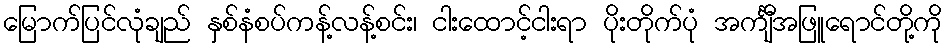
မြောက်ပြင်လုံချည် နှစ်နံစပ်ကန့်လန့်စင်း၊ ငါးထောင့်ငါးရာ ပိုးတိုက်ပုံ အင်္ကျီအဖြူရောင်တို့ကို